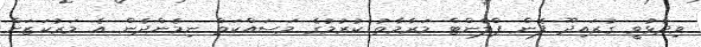
ވިދާޅުވީ ގުރައިދޫ ފެން ޕްލާންޓް މަރާމާތު ކުރުމުގެ މަސައްކަތް ނިމެންދެން އެ މަރުކަޒަށް